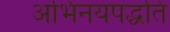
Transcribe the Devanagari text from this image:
अभिनयपद्धति